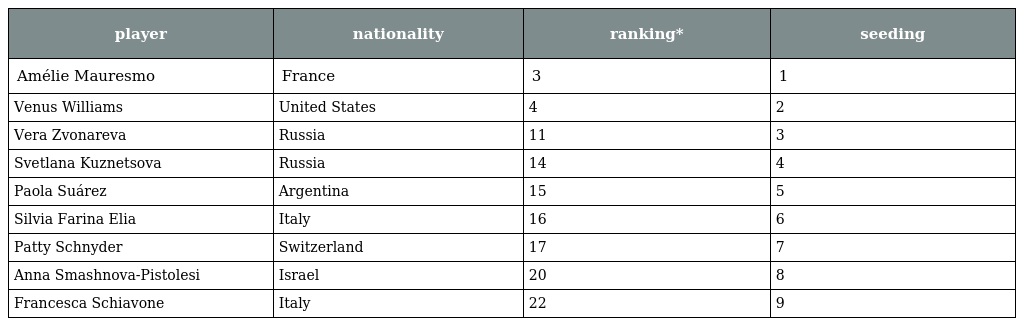
| player | nationality | ranking* | seeding |
 | --- | --- | --- | --- |
 | Amélie Mauresmo | France | 3 | 1 |
 | Venus Williams | United States | 4 | 2 |
 | Vera Zvonareva | Russia | 11 | 3 |
 | Svetlana Kuznetsova | Russia | 14 | 4 |
 | Paola Suárez | Argentina | 15 | 5 |
 | Silvia Farina Elia | Italy | 16 | 6 |
 | Patty Schnyder | Switzerland | 17 | 7 |
 | Anna Smashnova-Pistolesi | Israel | 20 | 8 |
 | Francesca Schiavone | Italy | 22 | 9 |